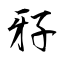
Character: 𤘅